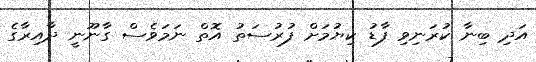
އަދި ބިނާ ކުރަނިވި ފާޑު ކިޔުމަށް ފުރުސަތު އޮތް ނަމަވެސް ގާނޫނީ ދާއިރާގެ